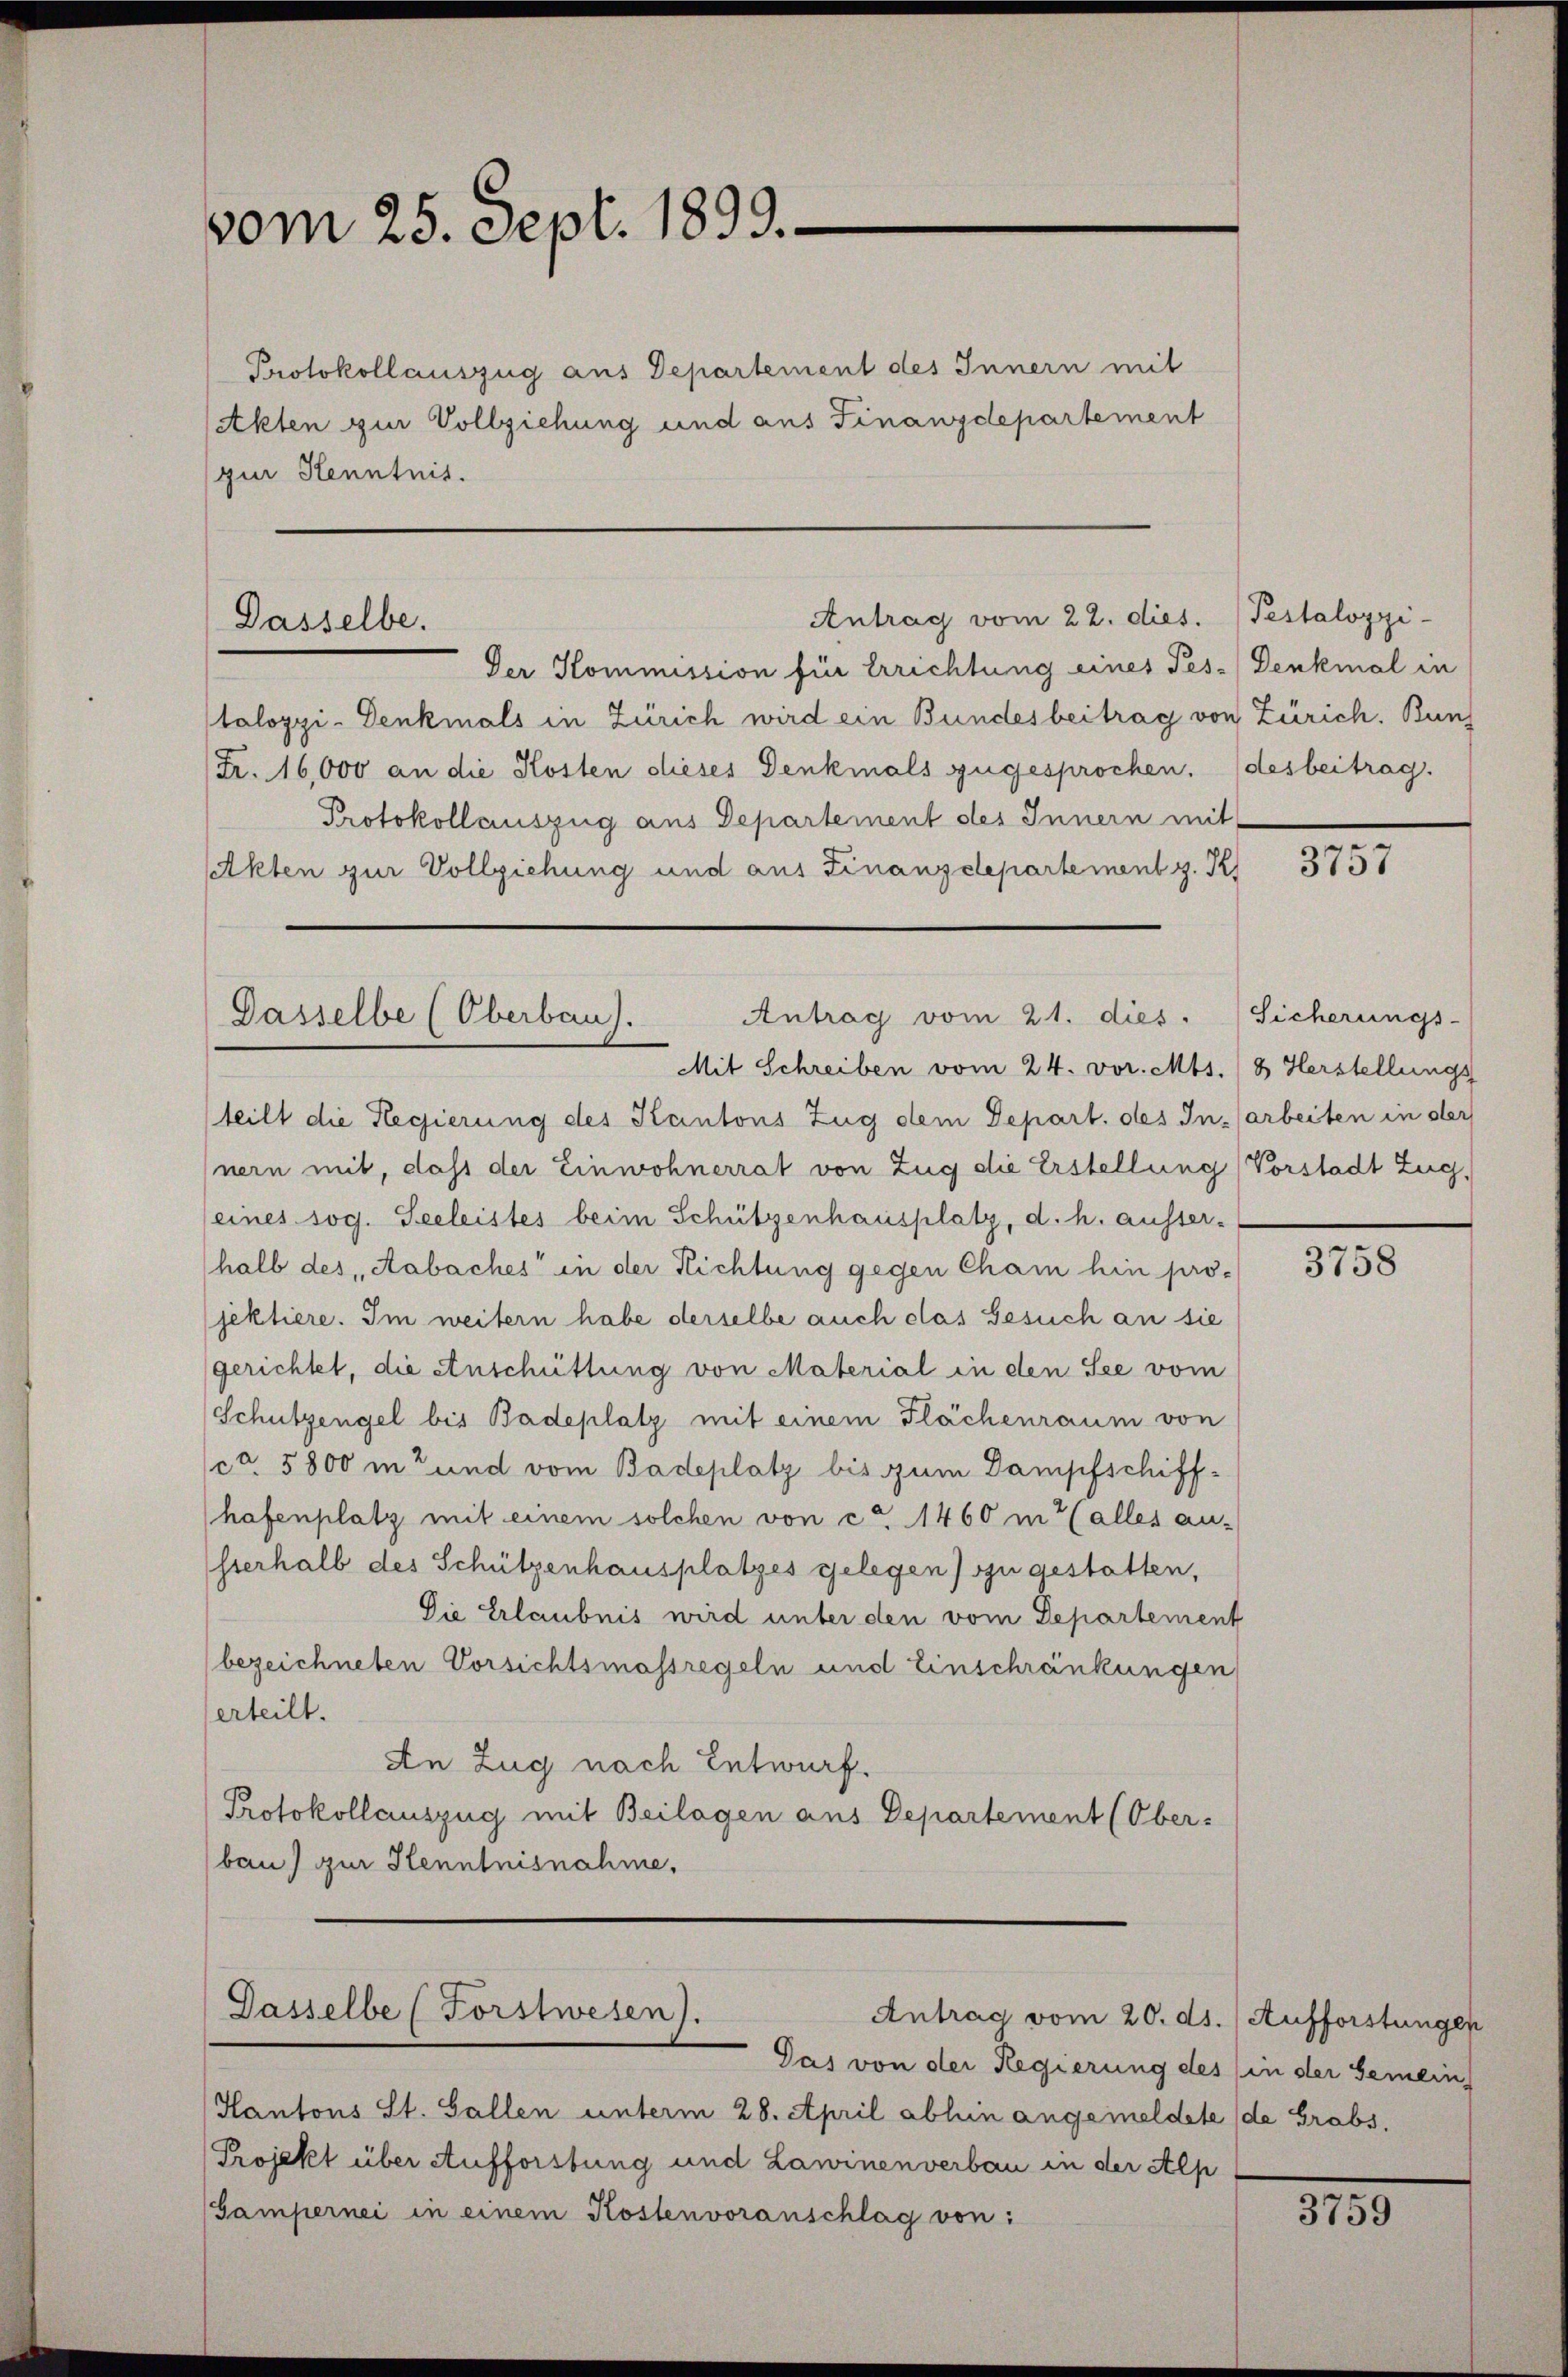
vom 25. Sept. 1899.

Protokollauszug aus Departement des Innern mit
Akten zur Vollziehung und aus Finanzdepartement
zur Kenntnis.

Dasselbe.

Antrag vom 22. dies. Testalozzi-

Der Kommission für Errichtung eines Pes-Denkmal in
laloppi-Denkmals in Zürich wird ein Bundesbeitrag von Zürich. Bunz
Fr. 16,000 an die Kosten dieses Denkmals zugesprochen. (desbeitrag.
Protokollauszug aus Departement des Innern mit
Akten zur Vollziehung und aus Finanzdepartement z. R.

Antrag vom 21. dies
Dasselbe (Oberbau).

Mit Schreiben vom 24. vor. Mts. (8 Herstellungs
teilt die Regierung des Kantons Zug dem Depart. des Insarbeiten in der
nern mit, dass der Einwohnerrat von Zug die Erstellung (Vorstadt Zug,
eines sog. Seeleistes beim Schützenhausplatz, d. h. ausser-
halb des Aabaches in der Richtung gegen Cham hin pro-
jektiere. Im weitern habe derselbe auch das Gesuch an sie
gerichtet, die Anschüttung von Material in den See vom
Schutzengel bis Badeplatz mit einem Flächenraum von
ca. 5800 in und vom Badeplatz bis zum Dampfschiff-
hafenplatz mit einem solchen von ca 1460 m (alles au-
hterhalb des Schützenhausplatzes gelegen) zu gestatten,
Die Erlaubnis wird unter den vom Departement
bezeichneten Vorsichtsmassregeln und Einschränkungen
erteilt.
An Zug nach Entwurf.
Protokollauszug mit Beilagen aus Departement (Ober-
bau) zur Henntnisnahme,

Dasselbe (Forstwesen).
Antrag vom 20. ds. Aufforstungen

Das von der Regierung des (in der Gemein
Hantons St. Gallen unterm 28. April abhin angemeldete de Grabs,
Projekt über Aufforstung und Lawinenverbau in der Alp
Gampernei in einem Kostenvoranschlag von:

3757

Sicherungs-

3758

3759